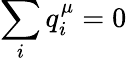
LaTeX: \sum_{i}q_{i}^{\mu}=0